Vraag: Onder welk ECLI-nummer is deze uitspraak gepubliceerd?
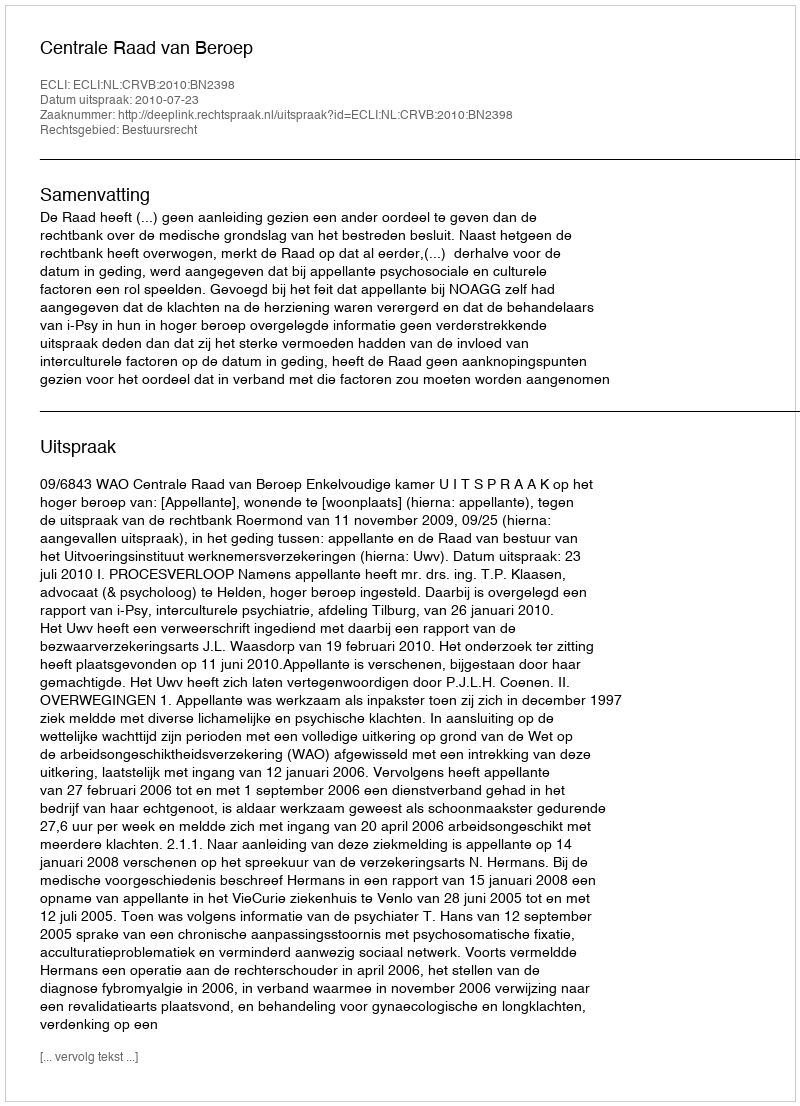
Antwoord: ECLI:NL:CRVB:2010:BN2398